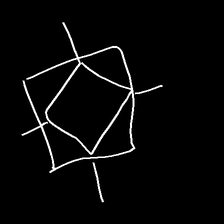
Glyph: light